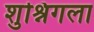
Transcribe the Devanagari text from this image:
शुश्निगला